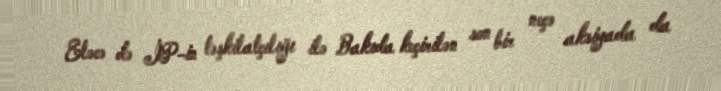
Eləcə də İP-in təşkilatçılığı ilə Bakıda keçirilən son bir neçə aksiyada da